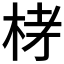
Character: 𣑥